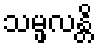
သမ္ဖလန္တိ